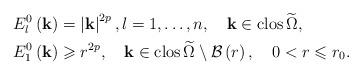
LaTeX: \begin{align*}E_{l}^{0}\left(\mathbf{k}\right) & =\left|\mathbf{k}\right|^{2p},l=1,\dots,n,\quad\mathbf{k}\in\mathrm{clos}\,\widetilde{\Omega},\\E_{1}^{0}\left(\mathbf{k}\right) & \geqslant r^{2p},\quad\mathbf{k}\in\mathrm{clos}\,\widetilde{\Omega}\setminus\mathcal{B}\left(r\right),\quad0<r\leqslant r_{0}.\end{align*}